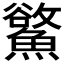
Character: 𩻇